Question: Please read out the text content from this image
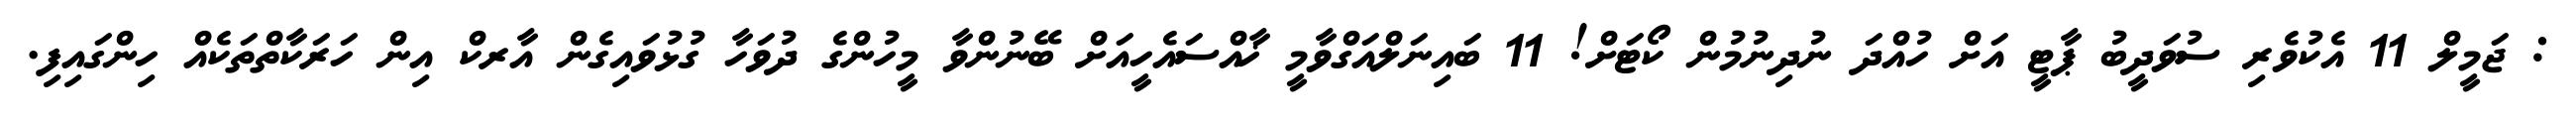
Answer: : ޖަމީލް 11 އެކުވެރި ސުވަދީބު ޕާޓީ އަށް ހުއްދަ ނުދިނުމުން ކޯޓަށް! 11 ބައިނަލްއަގްވާމީ ޚާއްސައެހީއަށް ބޭނުންވާ މީހުންގެ ދުވަހާ ގުޅުވައިގެން އާރކް އިން ހަރަކާތްތަކެއް ހިންގައިފި.